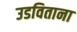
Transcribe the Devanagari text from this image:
उडविताना